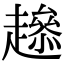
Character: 𧾋